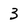
Character: 3